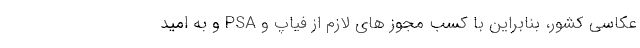
عکاسی کشور، بنابراین با کسب مجوز های لازم از فیاپ و PSA و به امید